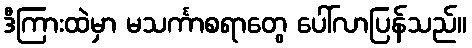
ဒီကြားထဲမှာ မသင်္ကာစရာတွေ ပေါ်လာပြန်သည်။